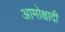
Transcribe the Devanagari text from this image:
आमोक्षादी